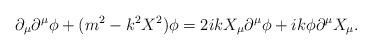
LaTeX: \begin{align*}\partial_\mu \partial^\mu \phi + (m^2- k^2X^2)\phi = 2ikX_\mu \partial^\mu \phi+ ik \phi \partial^\mu X_\mu.\end{align*}